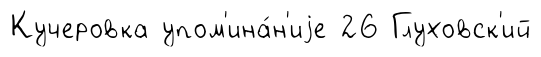
Кучеровка упом'ина́н'иjе 26 Глуховск'ий